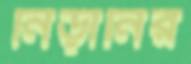
নিড়ানির